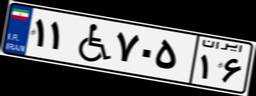
۹۹W۷۳۴۲۰